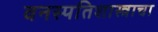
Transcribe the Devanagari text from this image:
वनस्पतिशास्त्राचा